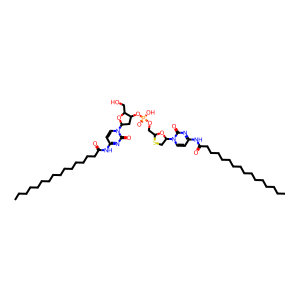
SMILES: CCCCCCCCCCCCCCCC(=O)Nc1ccn(C2CSC(COP(=O)(O)OC3CC(n4ccc(NC(=O)CCCCCCCCCCCCCCC)nc4=O)OC3CO)O2)c(=O)n1
Inhibits HIV replication: Yes